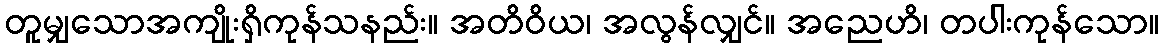
တူမျှသောအကျိုးရှိကုန်သနည်း။ အတိဝိယ၊ အလွန်လျှင်။ အညေဟိ၊ တပါးကုန်သော။